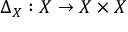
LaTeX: \Delta _ { X } : X \to X \times X